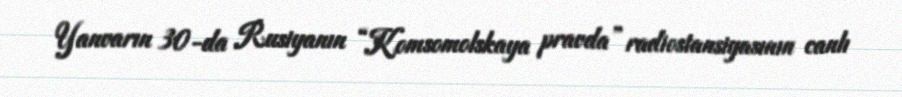
Yanvarın 30-da Rusiyanın “Komsomolskaya pravda” radiostansiyasının canlı